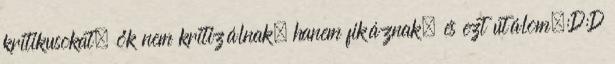
kritikusokat, ők nem kritizálnak, hanem fikáznak, és ezt utálom.:D:D